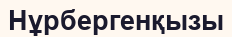
Нұрбергенқызы